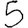
Digit: 5